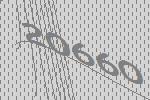
20660